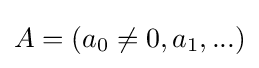
A=(a_{0}\neq 0,a_{1},...)